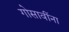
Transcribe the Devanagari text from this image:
गोसावींना